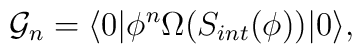
{\cal G}_n=\langle 0|\phi ^n \Omega (S_{int}(\phi) )|0\rangle ,